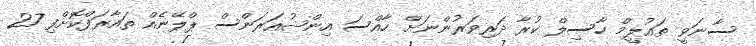
ސާނަވީ ތައުލީމް ހާސިލް ކުރާ ދަރިވަރުންނަށް ހާއްސަ އިންޝުއަރަންސް ޕްލޭނެއް ތައާރަފްކޮށްފި 27